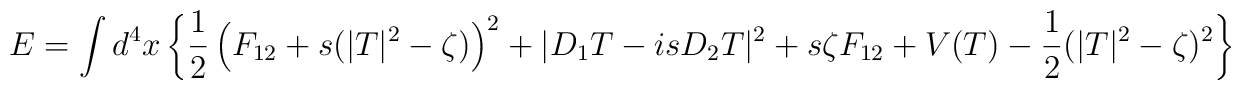
E = \int d^4x \left\{\frac12 \left( F_{12}+s(|T|^2-\zeta)\right)^2+|D_1T-isD_2T|^2       +s\zeta F_{12} +V(T) -\frac12(|T|^2-\zeta)^2 \right\}